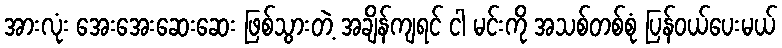
အားလုံး အေးအေးဆေးဆေး ဖြစ်သွားတဲ့ အချိန်ကျရင် ငါ မင်းကို အသစ်တစ်စုံ ပြန်ဝယ်ပေးမယ်